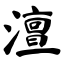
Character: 澶